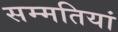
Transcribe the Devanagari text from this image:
सम्मतियां